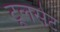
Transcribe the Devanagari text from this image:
टूलसेट